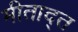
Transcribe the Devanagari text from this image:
मीताद्त